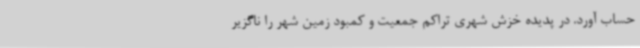
حساب آورد. در پدیده خزش شهری تراکم جمعیت و کمبود زمین شهر را ناگزیر